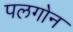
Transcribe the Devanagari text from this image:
पलगोन